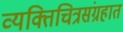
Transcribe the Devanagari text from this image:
व्यक्तिचित्रसंग्रहात